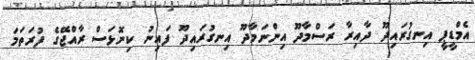
އެމްޑީޕީ އިނގުރައިދޫ ދާއިރާ ރަސްމާދޫ އިންނަމާދޫ އިނގުރައިދޫ ފައިނު ކިނޮޅަސް ރާއްޖޭގެ ފުރަތަމަ